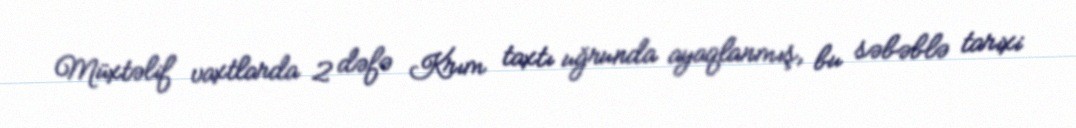
Müxtəlif vaxtlarda 2 dəfə Krım taxtı uğrunda ayaqlanmış, bu səbəblə tarixi